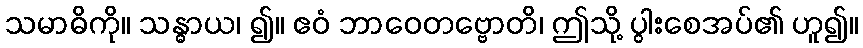
သမာဓိကို။ သန္ဓာယ၊ ၍။ ဧဝံ ဘာဝေတဗ္ဗောတိ၊ ဤသို့ ပွါးစေအပ်၏ ဟူ၍။